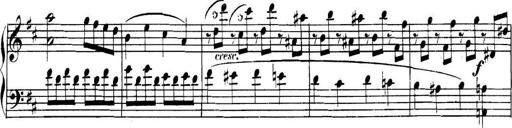
Title: Collected Piano Sonatas
Composer: Muzio Clementi